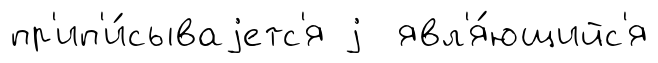
пр'ип'и́сываjетс'я j явл'я́ющийс'я